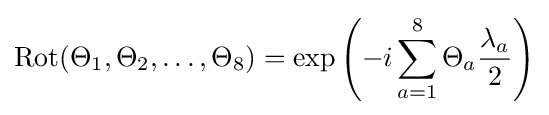
\operatorname {Rot} (\Theta _{1},\Theta _{2},\dots ,\Theta _{8})=\exp \left(-i\sum _{a=1}^{8}\Theta _{a}{\frac {\lambda _{a}}{2}}\right)